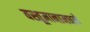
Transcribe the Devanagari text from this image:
वस्तूमानामधले